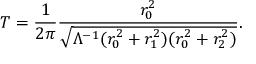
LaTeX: T = \frac { 1 } { 2 \pi } \frac { r _ { 0 } ^ { 2 } } { \sqrt { \Lambda ^ { - 1 } ( r _ { 0 } ^ { 2 } + r _ { 1 } ^ { 2 } ) ( r _ { 0 } ^ { 2 } + r _ { 2 } ^ { 2 } ) } } .